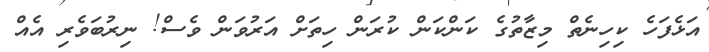
އަޅެފަހެ ކިހިނެތް މިޒާތުގެ ކަންކަން ކުރަން ހިތަށް އަރުވަން ވެސް! ނިރުބަވެރި އެއް